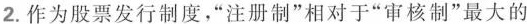
2.作为股票发行制度，”注册制”相对于”审核制”最大的